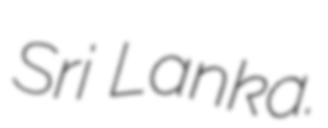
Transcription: Sri Lanka.